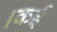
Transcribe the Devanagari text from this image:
।कई